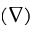
( \nabla )